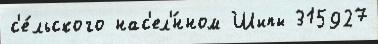
с'е́льского нас'ел'́нном Шипы 315927